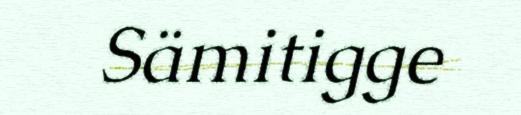
Sämitigge